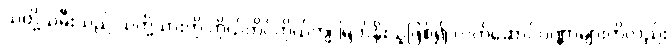
သတို့သမီးသည် သတို့သားကို ကိုယ်တိုင်ကိုယ်ကျ မြတ်နိုးသူဖြစ်၍ လက်ဆောင်ပဏ္ဏာများကိုလည်း